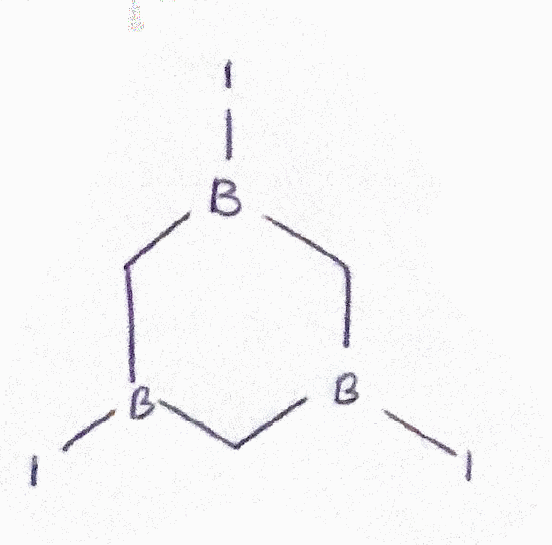
Simplified molecular-input line-entry system (SMILES) notation of the given molecule:
B1(CB(CB(C1)I)I)I